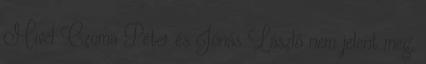
Mivel Czoma Péter és Jónás László nem jelent meg,